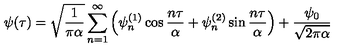
\psi ( \tau ) = \sqrt { \frac { 1 } { \pi \alpha } } \sum _ { n = 1 } ^ { \infty } \left( \psi _ { n } ^ { ( 1 ) } \cos { \frac { n \tau } { \alpha } } + \psi _ { n } ^ { ( 2 ) } \sin { \frac { n \tau } { \alpha } } \right) + { \frac { \psi _ { 0 } } { \sqrt { 2 \pi \alpha } } }